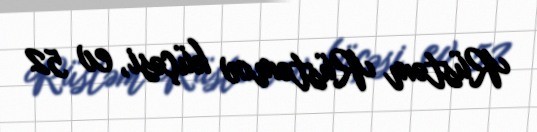
Rüstəm Rüstəmov küçəsi, ev 52